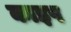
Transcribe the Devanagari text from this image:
काइप